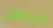
يتجاهل